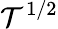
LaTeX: \mathcal{T}^{1/2}